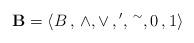
LaTeX: \begin{align*}\mathbf{B}=\langle{B\,,\,\wedge,\vee\,,\,}^{\prime}{,\,^{\sim},0\,,1}\rangle\end{align*}